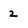
Character: 2